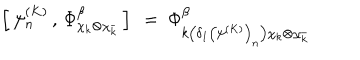
\left[ \, \psi _ { n } ^ { ( K ) } \, , \, \Phi _ { \chi _ { k } \otimes \chi _ { \bar { k } } } ^ { \beta } \, \right] \ = \ \Phi _ { k \left( \delta _ { 1 } \left( \psi ^ { ( K ) } \right) _ { n } \right) \chi _ { k } \otimes \chi _ { \bar { k } } } ^ { \beta }